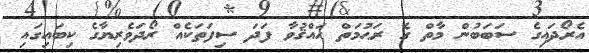
އެރޯދައިގެ ސަބަބުން މާތް ގެ ރަޙުމަތް ޙައްޤުވާ ފަދަ ސިފަތަކެއް ރޯދަވެރިޔާގެ ކިބައިގައި